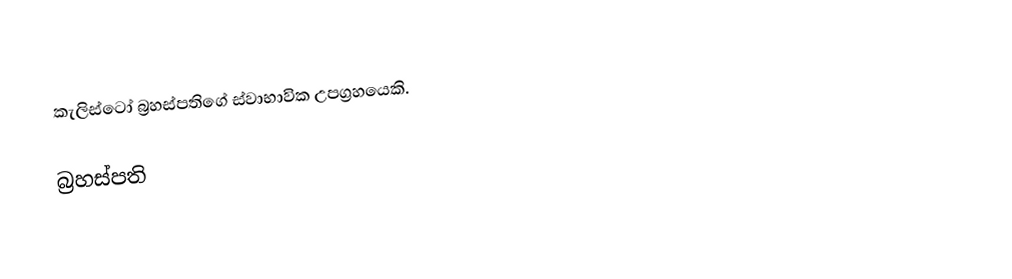
කැලිස්ටෝ බ්‍රහස්පතිගේ ස්වාභාවික උපග්‍රහයෙකි.

බ්‍රහස්පති